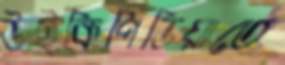
উইকিপিডিয়াতে